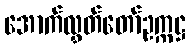
အောက်လွှတ်တော်ဥက္ကဋ္ဌ